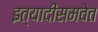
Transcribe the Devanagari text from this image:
इत्यादींसमवेत